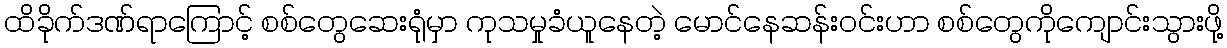
ထိခိုက်ဒဏ်ရာကြောင့် စစ်တွေဆေးရုံမှာ ကုသမှုခံယူနေတဲ့ မောင်နေဆန်းဝင်းဟာ စစ်တွေကိုကျောင်းသွားဖို့